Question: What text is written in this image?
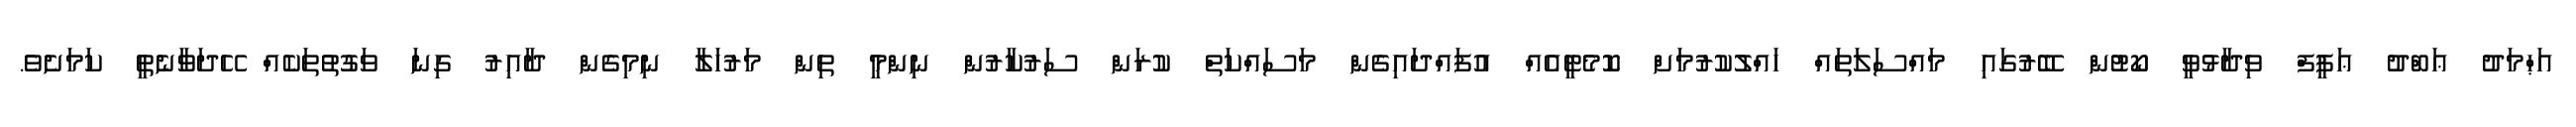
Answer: އަޙްމަދު ޢަބްދު ޢަފީފް ވިދާޅުވީ ކޯޓުން ބޭރުގައި މައްސަލަތައް ހައްލުކުރުމަށް ކޮމެޓީއެއް އުފައްދައިގެން މަސައްކަތް ކުރަން ސަރުކާރުން ނިންމީ ތިން މަރުހަލާ ނިމިގެން ދާއިރު ގިނަ ވަގުތުތަކެއް ހޭދަވާނެތީ ކަމަށެވެ.